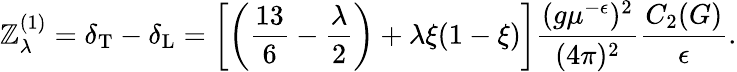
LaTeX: \mathbb{Z}_{\lambda}^{(1)}=\delta_{\mathrm{{T}}}-\delta_{\mathrm{{L}}}=\left[\left(\frac{{13}}{6}-\frac{\lambda}{2}\right)+\lambda\xi(1-\xi)\right]\frac{{(g\mu^{-\epsilon})^{2}}}{{(4\pi)^{2}}}\frac{{C_{2}(G)}}{{\epsilon}}.